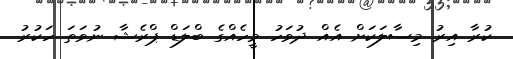
ކުރާ އިރު މިސާލަކަށް އެއް ދުވަހު މީހެއްގެ ބްލަޑް ޕްރެޝާ ނުވަތަ ހަކުރު